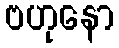
ဗဟုနော